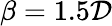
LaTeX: \beta=1.5\mathcal{D}